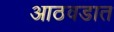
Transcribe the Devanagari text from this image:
आठवडात